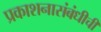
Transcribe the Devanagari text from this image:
प्रकाशनासंबंधीची